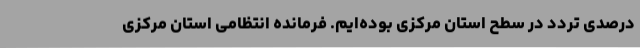
درصدی تردد در سطح استان مرکزی بوده‌ایم. فرمانده انتظامی استان مرکزی